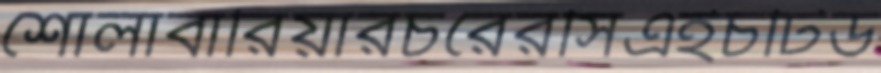
শোলাবারিয়ারচরেরসিএইচটিড